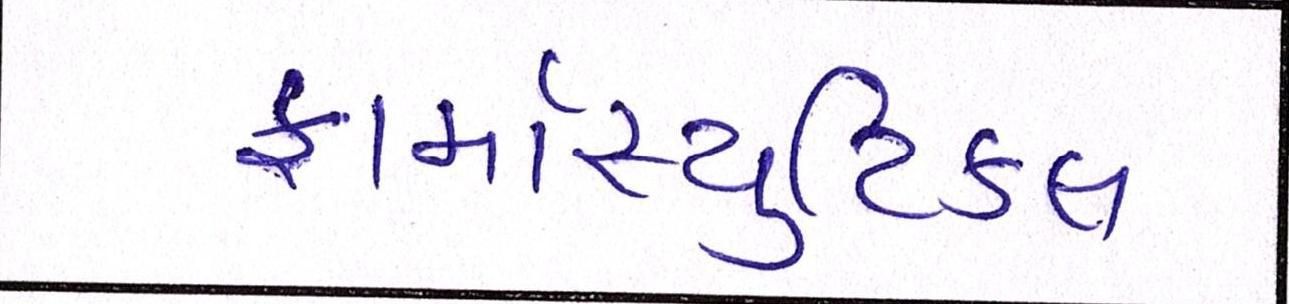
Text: ફાર્માસ્યુટિકલ